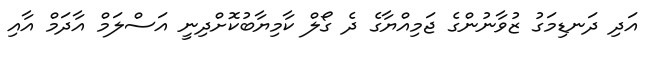
އަދި ދަނޑިމަގު ޒުވާނުންގެ ޖަމިއްޔާގެ ދެ ގޯލް ކާމިޔާބުކޮށްދިނީ އަސްލަމް އާދަމް އާއި